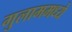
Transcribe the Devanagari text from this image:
गुलाममध्ये